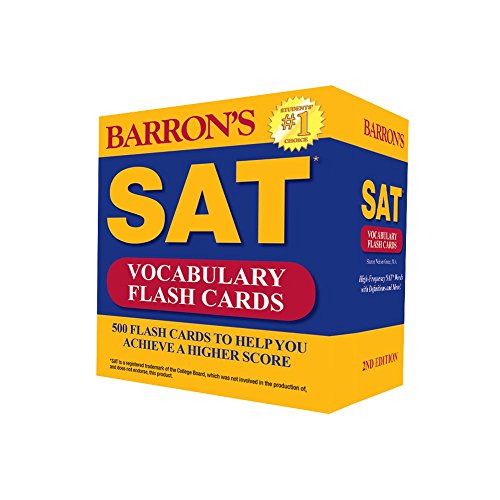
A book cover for Barron's SAT Vocabulary Flash Cards, 2nd Edition: 500 Flash Cards to Help You Achieve a Higher Score; Sharon Weiner Green M.A.; Test Preparation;